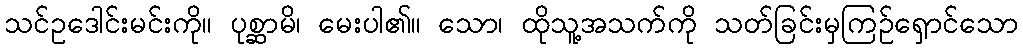
သင်ဥဒေါင်းမင်းကို။ ပုစ္ဆာမိ၊ မေးပါ၏။ သော၊ ထိုသူ့အသက်ကို သတ်ခြင်းမှကြဉ်ရှောင်သော